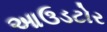
આઉડટોર